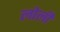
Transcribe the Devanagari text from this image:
लोली